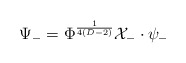
\begin{align*}\Psi_-=\Phi^{\frac{1}{4(D-2)}} {\cal X}_-\cdot\psi_-\end{align*}